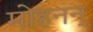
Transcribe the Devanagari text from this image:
मोहनन्